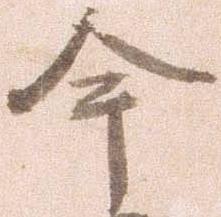
今